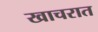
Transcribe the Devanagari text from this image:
खाचरात